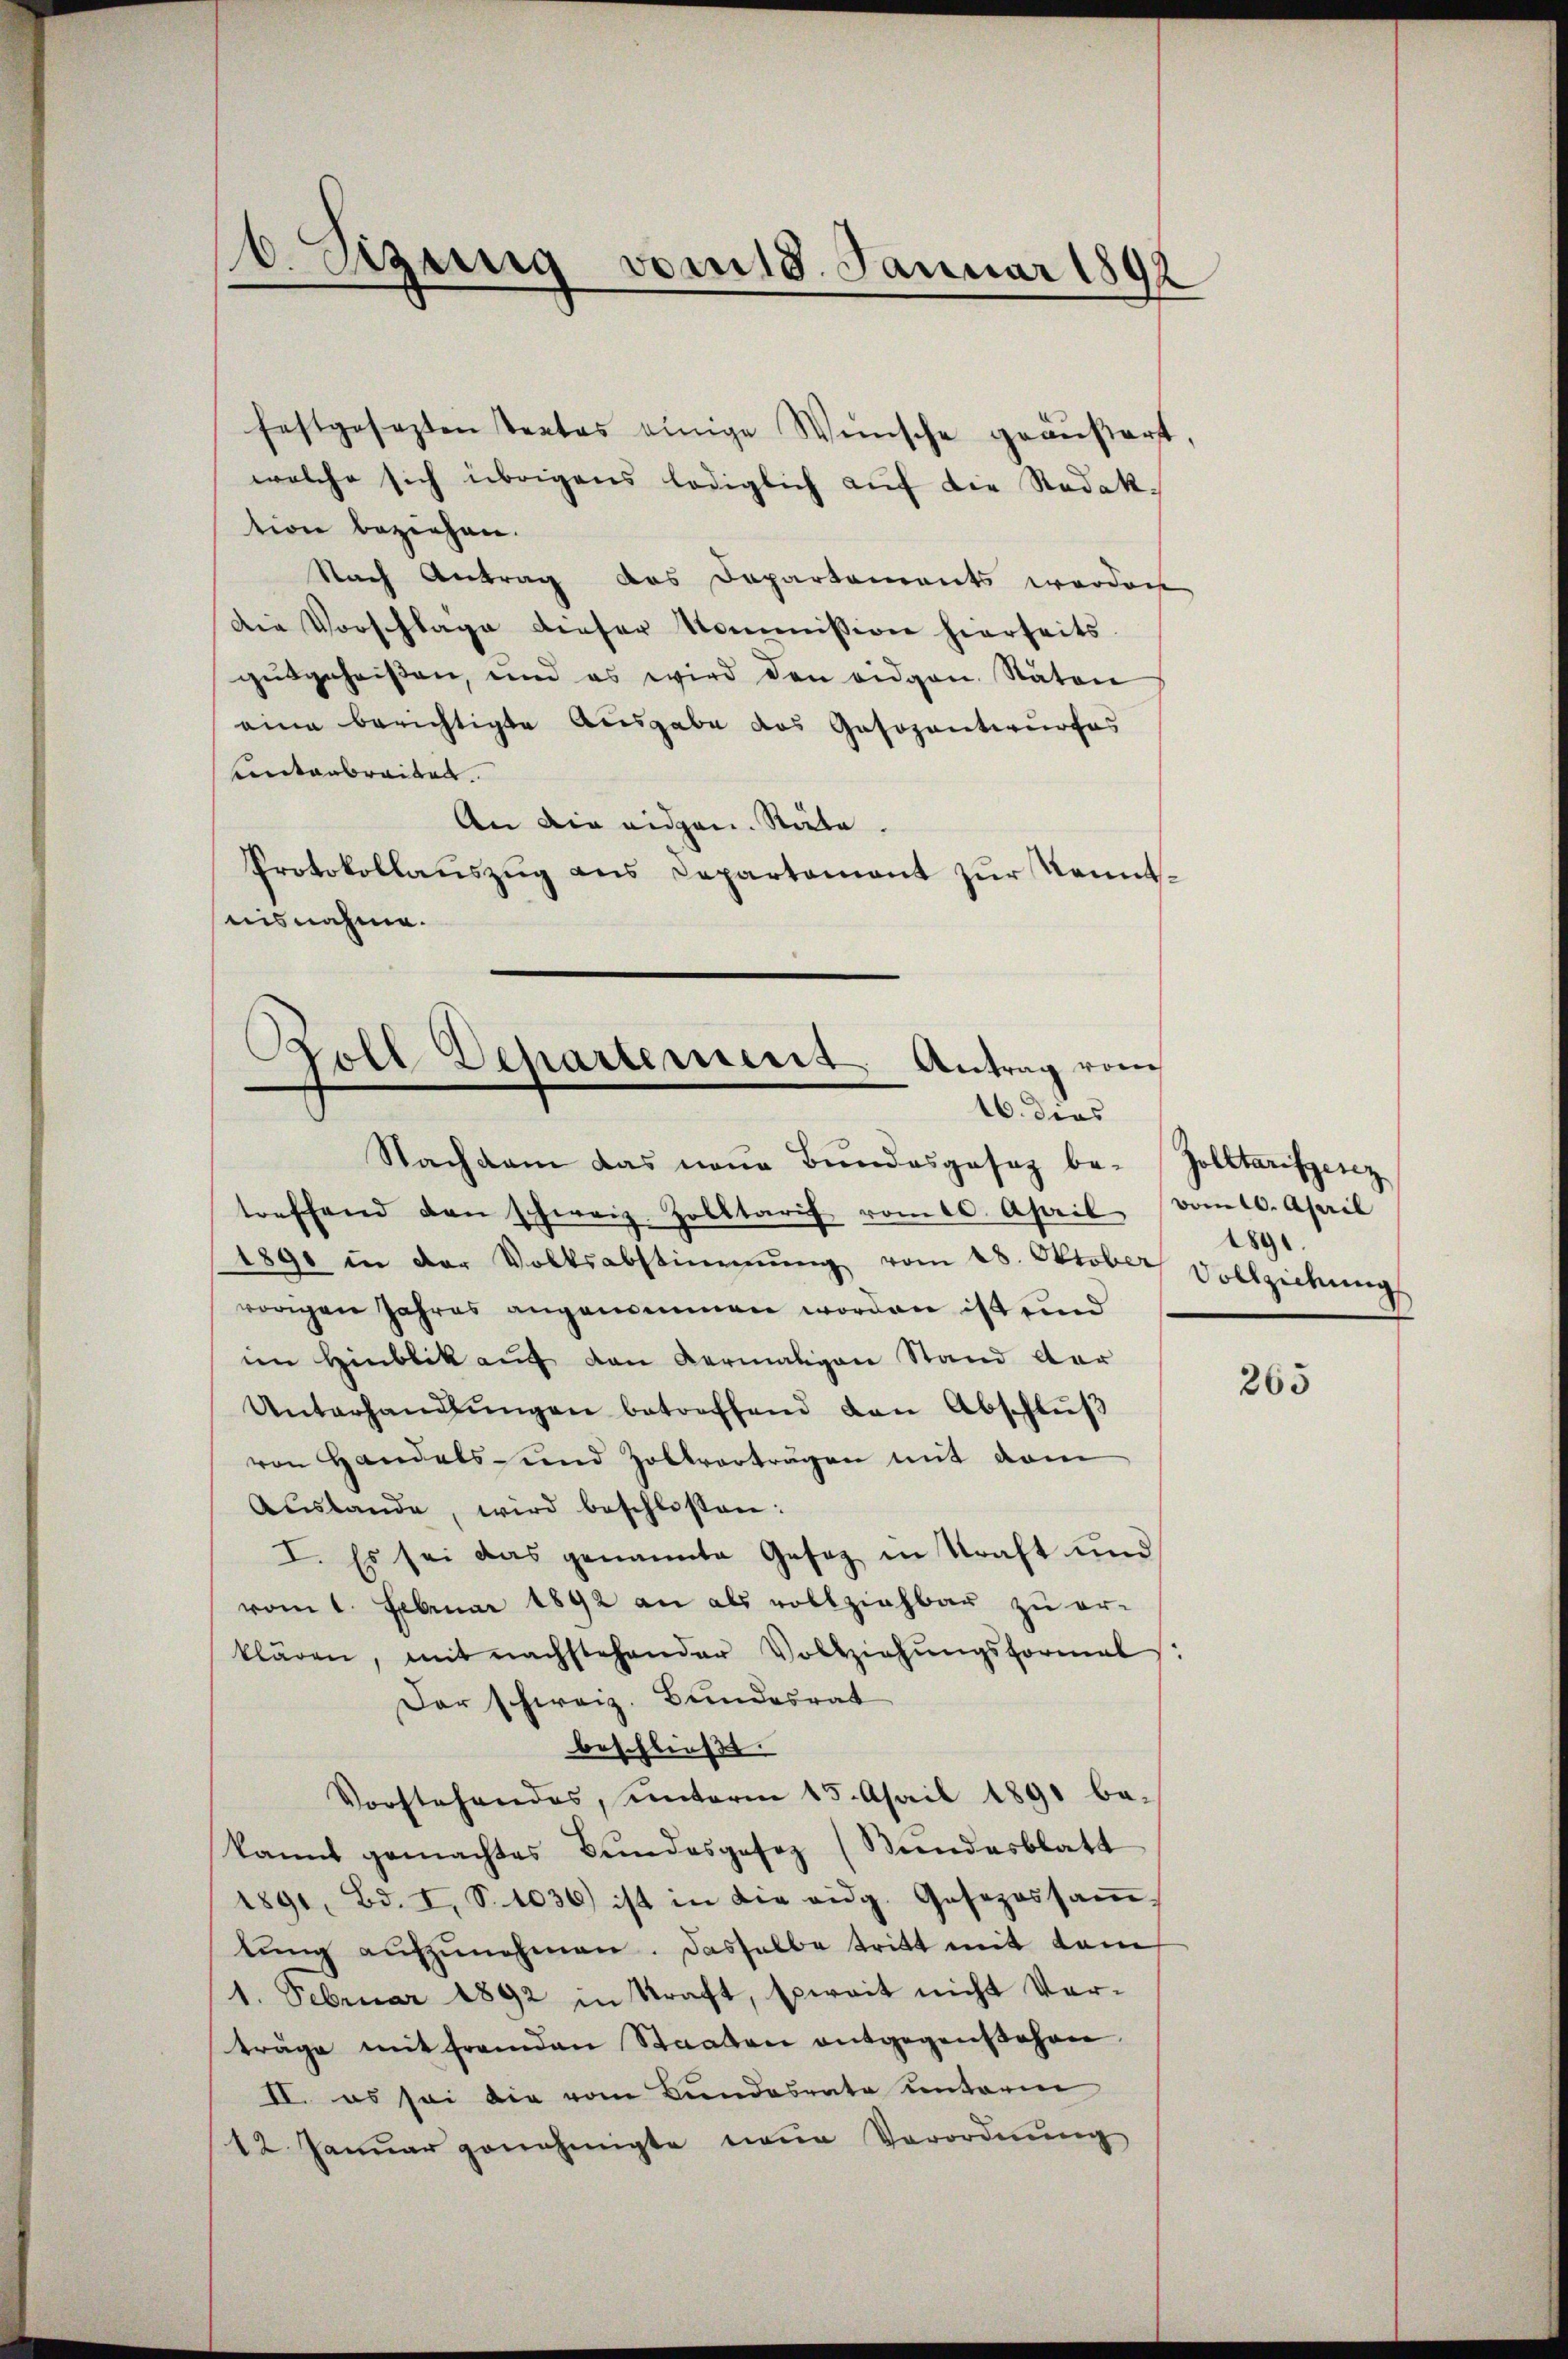
. Szung vom 18. Januar 1892

festgesezten tertas einige Wünsche geäußert,
welche sich übrigens lediglich auf die Redak-
tion beziehen.
Nach Antrag das Departements werden
Die Vorschlage dieser Kommission hierseits.
gutgeheißen, und es wird den eidgen. Naton
eine berichtigte Ausgabe das Gasozentwurfes
Ctanbreiben.
An die eidgen. Räte.
Protokollaŭszŭg ans Departement zŭr Kennt-
nisnahme.

Goll Departement. Antrag vom
16. dies
Nachsam das neŭe Bŭndesgesez be-Zolltarifgesez

treffend den schweiz. Zolltarif vom 10. April vom 10. April
1891 in der Volksabstimmung vom 28. Oktober Vollziehŭng
vorigen Jahres angenommen worden ist und
im Hinblik auf den Vermaligen Stand dar
Unterhandlŭngen betreffend den Abschlŭβ
von Handels- und Zollvortragen mit dem
Auslande, wird beschlossen:
I. Es sei das genannte Gesetz in Kraft und
vom 1. Februar 1892 an als vollziehbar zu erklären, mit nachstehender Vollziehŭngsformal:
Der schweiz. Bundesrat
beschließt.
Vorstehendes, unterm 15. April 1891 be-
kannt gemachtes Bŭndesgesez (Bŭndesblatt
1891, Bd. I, S. 1036) ist in die eidg. Gesezessaṁ-
lŭng aŭfzŭnehmen. Dasselbe tritt mit dem
1. Februar 1892 in Kraft, Erweit nicht Vorträge mit fremden Staaten entgegenstehen
II. es sei die vom Bundesrate unterm
12 Januar genehmigte neue Verordnung

1891.

265